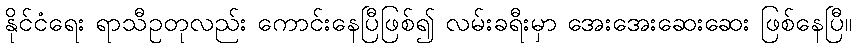
နိုင်ငံရေး ရာသီဥတုလည်း ကောင်းနေပြီဖြစ်၍ လမ်းခရီးမှာ အေးအေးဆေးဆေး ဖြစ်နေပြီ။